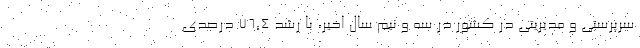
سرپرستی و مدیریتی در کشور در سه و نیم سال اخیر، با رشد ۷۶,۴ درصدی